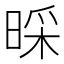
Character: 𣈄